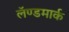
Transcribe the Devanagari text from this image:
लॅण्डमार्क